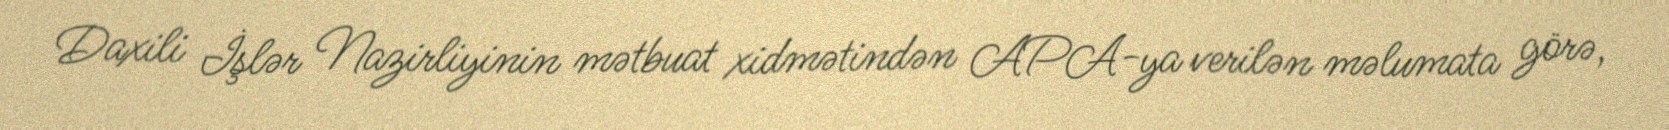
Daxili İşlər Nazirliyinin mətbuat xidmətindən APA-ya verilən məlumata görə,